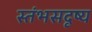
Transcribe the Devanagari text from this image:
स्तंभसदृष्य